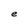
Character: e